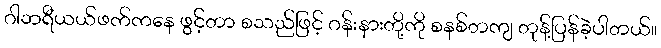
ဂါဘရီယယ်ဖက်ကနေ ဖွင့်တာ စသည်ဖြင့် ဂန်းနားတို့ကို စနစ်တကျ တုန့်ပြန်ခဲ့ပါတယ်။